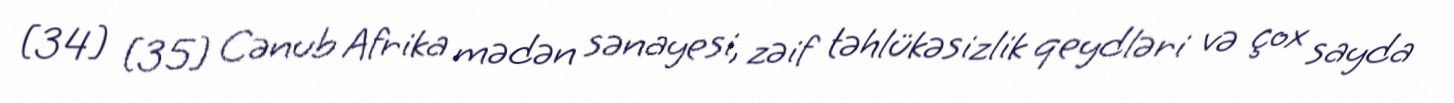
[34] [35] Cənub Afrika mədən sənayesi, zəif təhlükəsizlik qeydləri və çox sayda